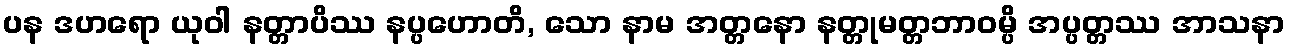
ပန ဒဟရော ယုဝါ နတ္တာပိဿ နပ္ပဟောတိ, သော နာမ အတ္တနော နတ္တုမတ္တဘာဝမ္ပိ အပ္ပတ္တဿ အာသနာ